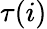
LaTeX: \tau(i)